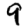
Digit: 9